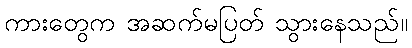
ကားတွေက အဆက်မပြတ် သွားနေသည်။